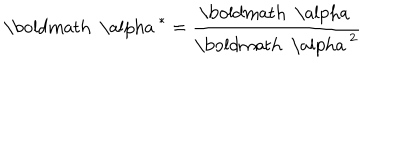
{ \mathrm { \boldmath ~ \ a l p h a ~ } } ^ { * } = { \frac { \mathrm { \boldmath ~ \ a l p h a ~ } } { { \mathrm { \boldmath ~ \ a l p h a ~ } } ^ { 2 } } }